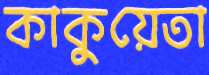
কাকুয়েতা